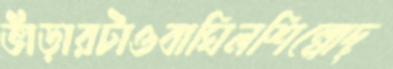
ভাঁড়ারটাওবাঘিলশিল্পোদ্